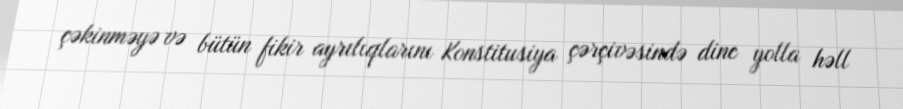
çəkinməyə və bütün fikir ayrılıqlarını Konstitusiya çərçivəsində dinc yolla həll